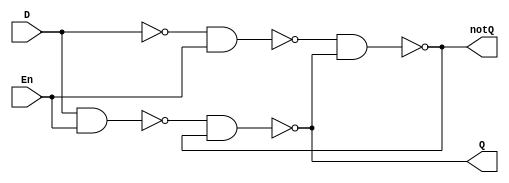
`timescale 1ns / 1ps
`default_nettype none

module d_latch(Q,notQ,En,D);
    //declare all ports
    output wire Q,notQ;
    input wire D,En;
    //intermediate nets
    wire notD,nandDEN,nandNOTDEN;   //notD is the output of the inverse of D
                                    //nandDEN is the output of NAND(D,EN)
                                    //nandNOTDEN is the output of NAND(~D,EN)
    //delay for NAND and NOT is 2ns
    assign #2 notD = ~D;
    assign #2 nandDEN = ~(D & En);
    assign #2 nandNOTDEN = ~(notD & En);
    
    nand #2 nand0(Q,nandDEN,notQ);
    nand #2 nand1(notQ,nandNOTDEN,Q);
endmodule